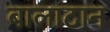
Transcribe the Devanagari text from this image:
बालाटान